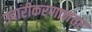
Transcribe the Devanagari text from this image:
उदारीकरणानंतर